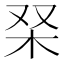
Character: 𭩞